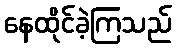
နေထိုင်ခဲ့ကြသည်